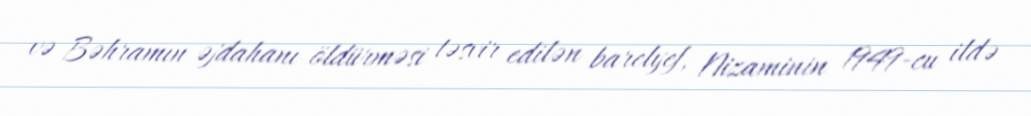
və Bəhramın əjdahanı öldürməsi təsvir edilən barelyef, Nizaminin 1949-cu ildə